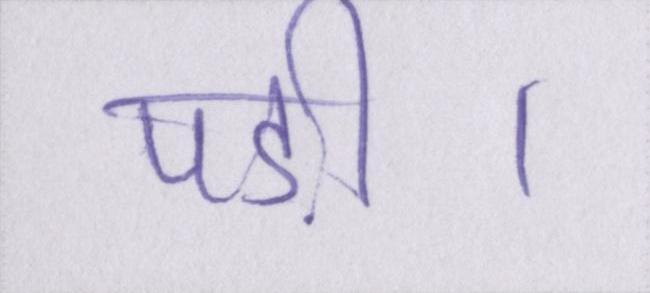
पड़ी।